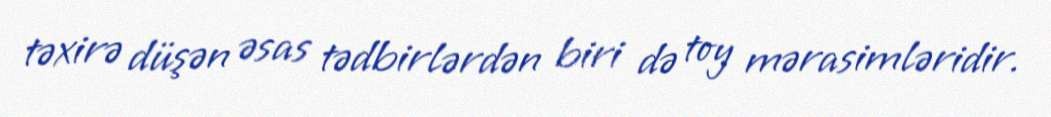
təxirə düşən əsas tədbirlərdən biri də toy mərasimləridir.